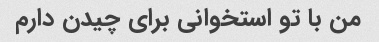
من با تو استخوانی برای چیدن دارم